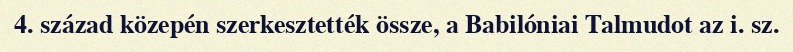
4. század közepén szerkesztették össze, a Babilóniai Talmudot az i. sz.